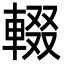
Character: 輟